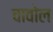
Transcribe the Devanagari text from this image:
चावोल